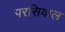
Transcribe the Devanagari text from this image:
परसिवाल